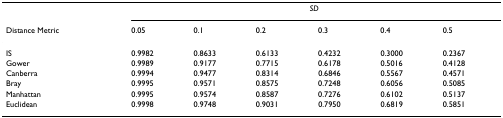
<table><thead><tr><td></td><td colspan="6"><b><i>SD</i></b></td></tr><tr><td><b>Distance Metric</b></td><td><b>0.05</b></td><td><b>0.1</b></td><td><b>0.2</b></td><td><b>0.3</b></td><td><b>0.4</b></td><td><b>0.5</b></td></tr></thead><tbody><tr><td>IS</td><td>0.9982</td><td>0.8633</td><td>0.6133</td><td>0.4232</td><td>0.3000</td><td>0.2367</td></tr><tr><td>Gower</td><td>0.9989</td><td>0.9177</td><td>0.7715</td><td>0.6178</td><td>0.5016</td><td>0.4128</td></tr><tr><td>Canberra</td><td>0.9994</td><td>0.9477</td><td>0.8314</td><td>0.6846</td><td>0.5567</td><td>0.4571</td></tr><tr><td>Bray</td><td>0.9995</td><td>0.9571</td><td>0.8575</td><td>0.7248</td><td>0.6056</td><td>0.5085</td></tr><tr><td>Manhattan</td><td>0.9995</td><td>0.9574</td><td>0.8587</td><td>0.7276</td><td>0.6102</td><td>0.5137</td></tr><tr><td>Euclidean</td><td>0.9998</td><td>0.9748</td><td>0.9031</td><td>0.7950</td><td>0.6819</td><td>0.5851</td></tr></tbody></table>